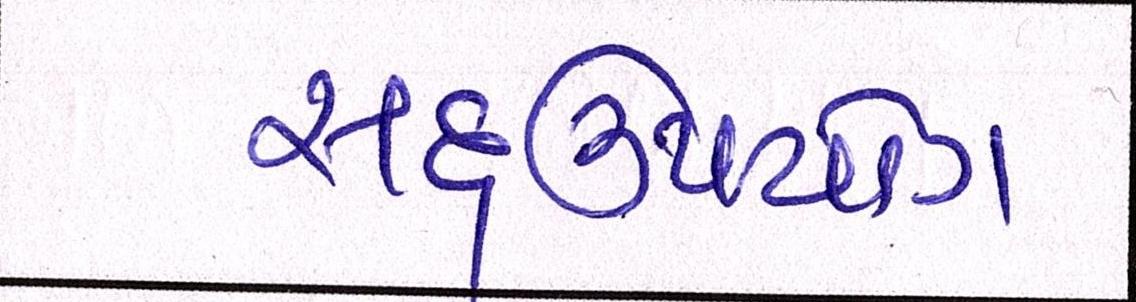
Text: સદ્ઉપયોગ